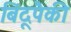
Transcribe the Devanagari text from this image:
बिंदूपैकी